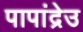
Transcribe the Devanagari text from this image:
पापांद्रेउ